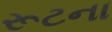
રૂટના